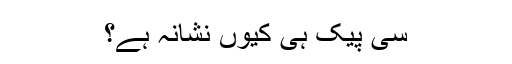
سی پیک ہی کیوں نشانہ ہے؟